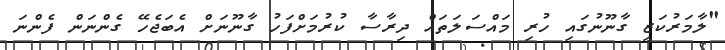
"ލާމަރުކަޒީ ގާނޫނުގައި ހުރި މައްސަލަތައް ދިރާސާ ކުރުމަށްފަހު ގާނޫނަށް އެބަޖެހޭ ގެންނަން ފެންނަ